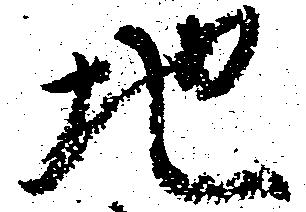
地